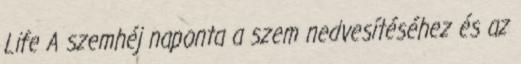
Life A szemhéj naponta a szem nedvesítéséhez és az